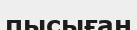
пысыған